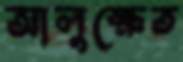
আলুক্ষেত